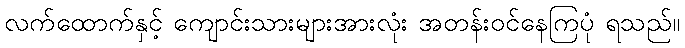
လက်ထောက်နှင့် ကျောင်းသားများအားလုံး အတန်းဝင်နေကြပုံ ရသည်။